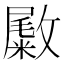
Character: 𪯚